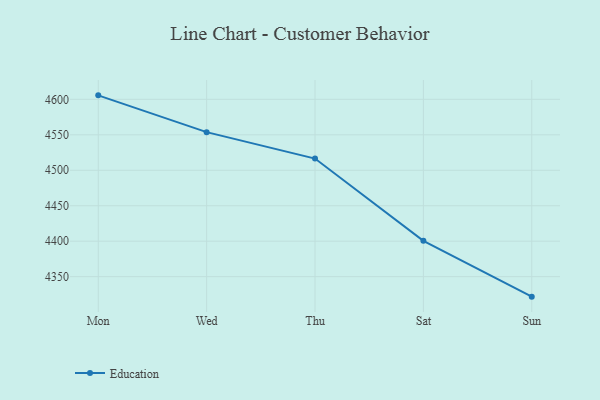
{"axis": {"x": "Day", "y": "Customer Acquisition Cost (USD)"}, "legend": ["Education"], "data": [{"x": "Mon", "y": 4605.6, "type": "Education"}, {"x": "Wed", "y": 4553.7, "type": "Education"}, {"x": "Thu", "y": 4516.5, "type": "Education"}, {"x": "Sat", "y": 4400.5, "type": "Education"}, {"x": "Sun", "y": 4321.8, "type": "Education"}]}